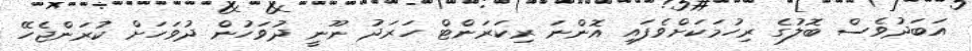
އަބަދުވެސް ބޮލުގެ ރިހުމަކަށްވެފައި އޮންނަ ރިކަރަންޓް ހަރަދު ނޫނީ ދުވަހުން ދުވަހަށް ކުރަންޖެހޭ